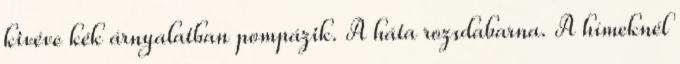
kivéve kék árnyalatban pompázik. A háta rozsdabarna. A hímeknél